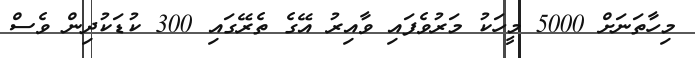
މިހާތަނަށް 5000 މީހަކު މަރުވެފައި ވާއިރު އޭގެ ތެރޭގައި 300 ކުޑަކުދިން ވެސް